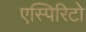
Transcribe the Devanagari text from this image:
एस्पिरिटो